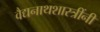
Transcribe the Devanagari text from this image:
वैद्यनाथशास्त्रींनी